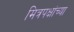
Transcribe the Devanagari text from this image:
मित्रपक्षांच्या